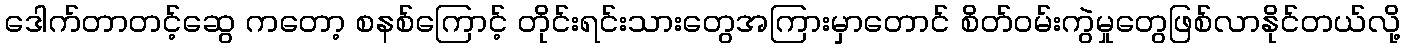
ဒေါက်တာတင့်ဆွေ ကတော့ စနစ်ကြောင့် တိုင်းရင်းသားတွေအကြားမှာတောင် စိတ်ဝမ်းကွဲမှုတွေဖြစ်လာနိုင်တယ်လို့